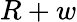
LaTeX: R+w